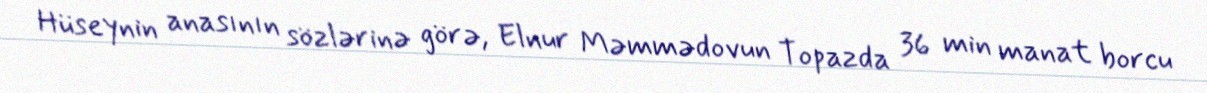
Hüseynin anasının sözlərinə görə, Elnur Məmmədovun Topazda 36 min manat borcu